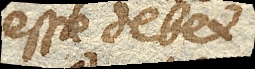
esse debet